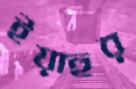
ইয়াহুর